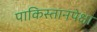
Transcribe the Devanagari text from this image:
पाकिस्तानपेक्षा